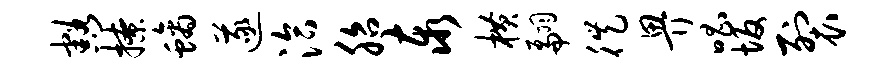
豁撩螭遂洽胎泰横翩徙畀唱坂裂